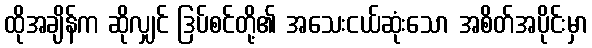
ထိုအချိန်က ဆိုလျှင် ဒြပ်စင်တို့၏ အသေးငယ်ဆုံးသော အစိတ်အပိုင်းမှာ